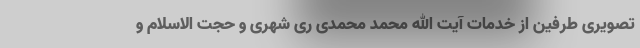
تصویری طرفین از خدمات آیت الله محمد محمدی ری شهری و حجت الاسلام و